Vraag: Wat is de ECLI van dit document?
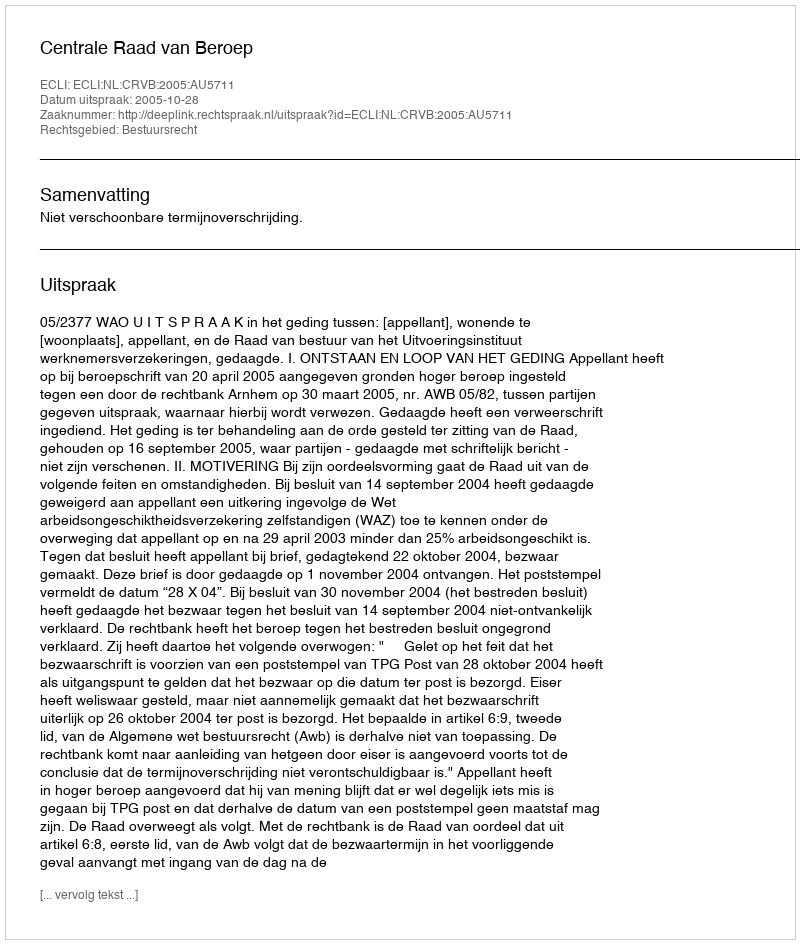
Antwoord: ECLI:NL:CRVB:2005:AU5711